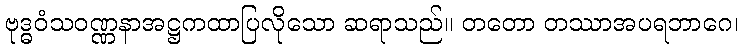
ဗုဒ္ဓဝံသဝဏ္ဏနာအဋ္ဌကထာပြလိုသော ဆရာသည်။ တတော တဿာအပရဘာဂေ၊